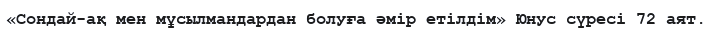
«Сондай-ақ мен мұсылмандардан болуға әмір етілдім» Юнус сүресі 72 аят.